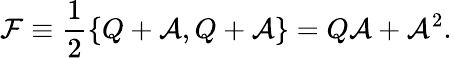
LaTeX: \mathcal{F}\equiv\frac{1}{2}\{ Q+\mathcal{A},Q+\mathcal{A}\} =Q\mathcal{A}+\mathcal{A}^{2}.